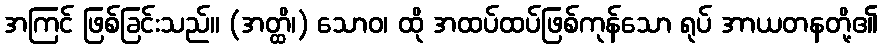
အကြင် ဖြစ်ခြင်းသည်။ (အတ္ထိ၊) သောဝ၊ ထို အထပ်ထပ်ဖြစ်ကုန်သော ရုပ် အာယတနတို့၏